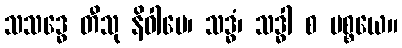
သသဒ္ဓေ တီသု နိဝါပေ၊ သဒ္ဓံ၊ သဒ္ဓါ စ ပစ္စယေ။